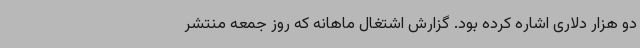
دو هزار دلاری اشاره کرده بود. گزارش اشتغال ماهانه که روز جمعه منتشر